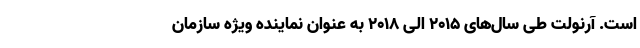
است. آرنولت طی سال‌های 2015 الی 2018 به عنوان نماینده ویژه سازمان